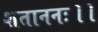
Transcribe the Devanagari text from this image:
शताननः।।